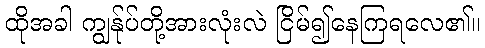
ထိုအခါ ကျွန်ုပ်တို့အားလုံးလဲ ငြိမ်၍နေကြရလေ၏။